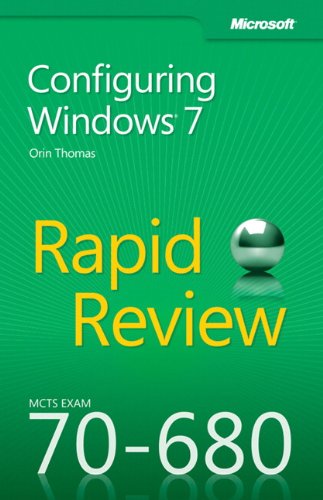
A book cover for MCTS 70-680 Rapid Review: Configuring Windows 7; Orin Thomas; Computers & Technology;